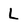
Character: L